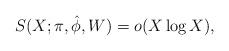
LaTeX: \begin{align*} S(X; \pi, \hat{\phi}, W) =o(X\log X),\end{align*}